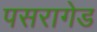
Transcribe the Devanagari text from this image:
पसरागेड